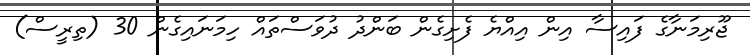
ޖޫރިމަނާގެ ފައިސާ އިން އިއްޔެ ފެށިގެން ބަންދު ދުވަސްތައް ހިމަނައިގެން 30 (ތިރީސް)